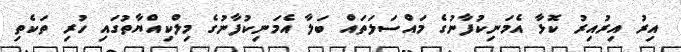
އިރު އިރުއިރު ކޮޅާ އެމަނިކުފާނުގެ މައްސަލަތައް ބަލާ އެމަނިކުފާނުގެ މިލްކިއްޔާތުގައި ހުރި ތަކެތި